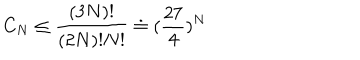
LaTeX: C _ { N } \leq \frac { ( 3 N ) ! } { ( 2 N ) ! N ! } \doteq ( \frac { 2 7 } { 4 } ) ^ { N }